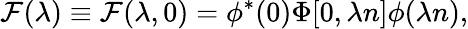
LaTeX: {\cal F}(\lambda)\equiv{\cal F}(\lambda,0)=\phi^{*}(0)\Phi[0,\lambda n]\phi(\lambda n),